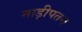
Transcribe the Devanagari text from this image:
नाड़ीपतन